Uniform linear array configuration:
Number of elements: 16
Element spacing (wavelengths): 0.5
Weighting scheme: hamming
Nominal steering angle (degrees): -15
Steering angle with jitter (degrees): -13.403
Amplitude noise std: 0.05
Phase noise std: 0.05

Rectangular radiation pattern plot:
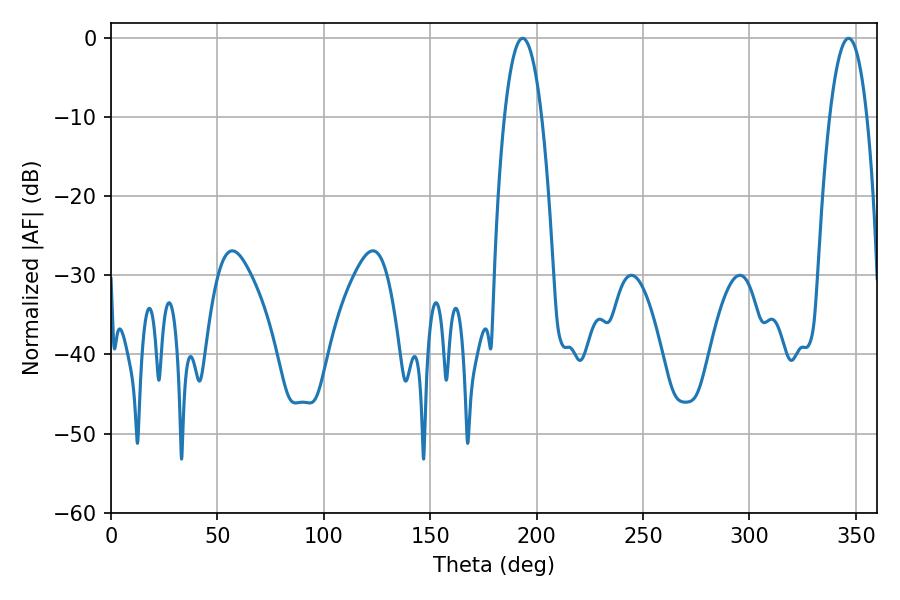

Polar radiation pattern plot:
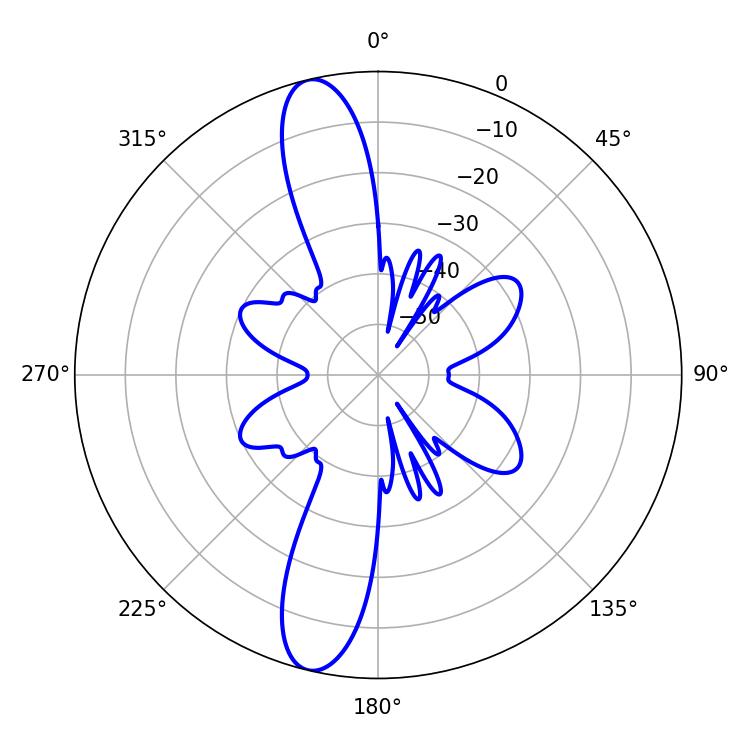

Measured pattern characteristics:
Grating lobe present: FALSE
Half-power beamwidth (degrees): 9.72
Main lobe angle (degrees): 193.5